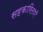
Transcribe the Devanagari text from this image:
सहकारिताएँ